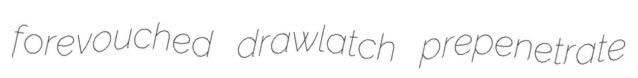
forevouched drawlatch prepenetrate